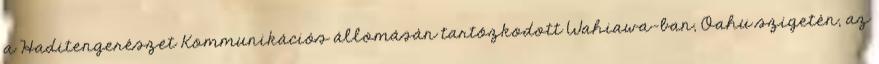
a Haditengerészet Kommunikációs állomásán tartózkodott Wahiawa-ban, Oahu szigetén, az